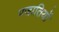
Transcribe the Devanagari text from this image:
पजातियों